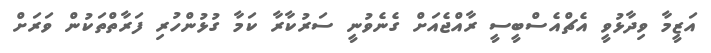
އަޒީމާ ވިދާޅުވީ އެޗްއެސްބީސީ ރާއްޖެއަަށް ގެނެވުނީ ސަރުކާރާ ކަމާ ގުޅުންހުރި ފަރާތްތަކުން ވަރަށް